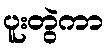
ပူးတွဲကာ